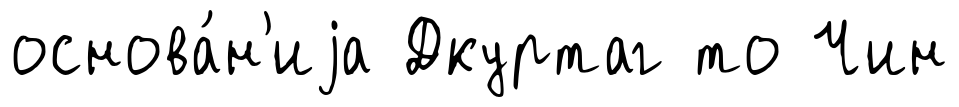
основа́н'иjа Дкуртаг то Чин